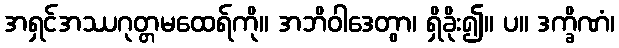
အရှင်အဿဂုတ္တမထေရ်ကို။ အဘိဝါဒေတွာ၊ ရှိခိုး၍။ ပ။ ဒက္ခိဏံ၊